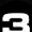
Digit: 3